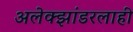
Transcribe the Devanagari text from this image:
अलेक्झांडरलाही